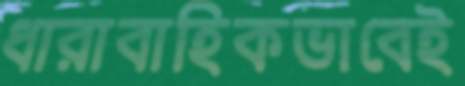
ধারাবাহিকভাবেই